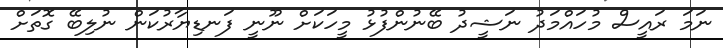
ނަމަ ރައީސް މުހައްމަދު ނަޝީދު ބޭނުންފުޅު މީހަކަށް ނޫނީ ފަނޑިޔާރުކަން ނުލިބޭ ގޮތަށް